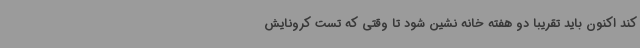
کند اکنون باید تقریبا دو هفته خانه نشین شود تا وقتی که تست کرونایش